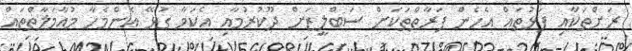
ރަށްތަކާއި ފަޅުތައް އެހެން ފަރާތްތަކަށް ސަބްލީޒަށް ދޫކުރުމާއި އެކަމާ ގުޅޭ އެންމެހާ މުއާމަލާތްތައް